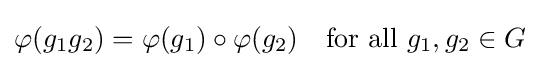
\varphi (g_{1}g_{2})=\varphi (g_{1})\circ \varphi (g_{2})\quad {\text{for all }}g_{1},g_{2}\in G